Tezpur Lunatic Asylum reports 1877-1894 - 1877-1894
Year: 1877
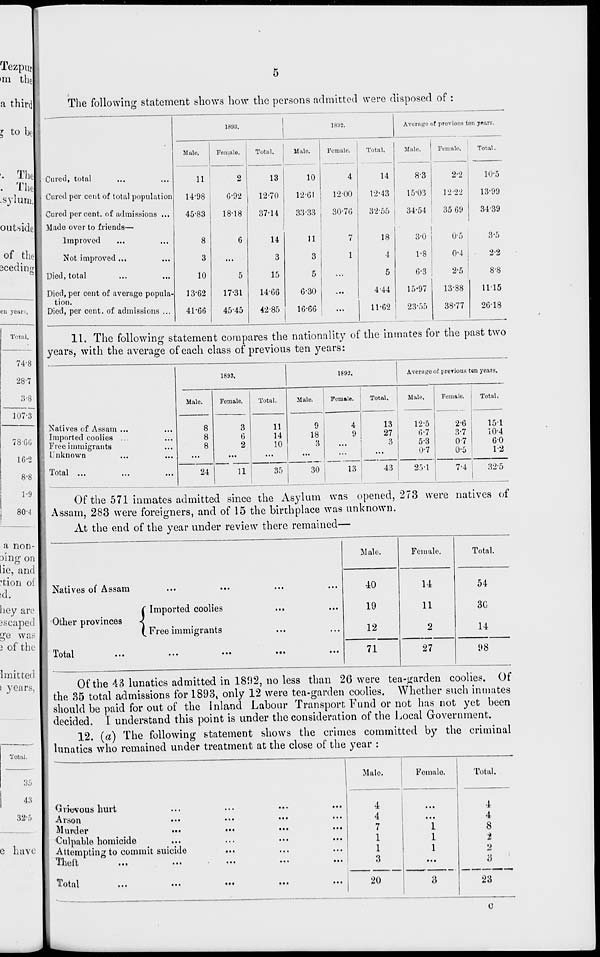
Tezpu r |
•m thj
a third
I to bj
•• The!
. TheL
outside
of the
Jcedirifr
en years
The following statement shows how the persons admitted were disposed of :
laici.
1892.
Average of previous 1 ,on years.
Male.
Female.
Total.
13
Male.
10
Female.
4
Total.
14
Male.
Female.
Total,
Cured, total
11
2
8-3
2-2
10-5
Cured per cent of total population
14-98
6-92
12-70
12-61
12-00
12-43
15-03
12-22
13-99
Cured percent, of admissions ...
45-83
18-18
37-14
33-33
30-76
3255
34-54
35 69
34-39
Made over to friends—
Improved
8
6
14
11
7
18
3-0
0-5
3-5
Not improved ...
3
...
3
3
1
4
1-8
0-4
2-2
Died,total
10
5
15
5
...
5
6-3
2-5
8-8
Died, per cent of average popula-
tion
13-62
17-31
14-66
6-30
...
4-44
15-97
13-88
1115
Died, per cent, of admissions ...
41-66
45-45
42-85
16-66
...
11-62
23-55
38-77
26-18
11. The following statement compares the nationality of the inmates for the past two
years, with the average of each class of previous ten years:
1893.
1892.
Average of previous ten years.
Male.
Female.
Total.
Male.
Female.
Total.
Male.
Female.
Total.
Natives of Assam ...
Imported coolies ...
Free immigrants
Unknown
CO CO CO
3
6
2
11
14
10
9
18
3
4
9
13
13
27
3
...
12-5
6-7
5-3
0-7
2-6
3-7
0-7
0-5
15-1
10-4
6-0
1-2
Total ...
24
11
or
35
30
43
25-1
7-4
32-5
a non-
)ing on
lie, and
'tion of
id.
hey are
jscaped
ge was
3 of the
Imitted
i years,
Of the 571 inmates admitted since the Asylum was opened, 273 were na
Assam, 283 were foreigners, and of 15 the birthplace was unknown.
At the end of the year under review there remained—
tives of
...
• ••
C Imported coolies
(^ Free immigrants
...
•••
...
...
Male.
Female.
Total.
Natives of Assam
Other provinces
40
19
12
14
11
2
54
3G
14
Total
71
27
98
Tota
35
43
32-5
e have
Of the 43 lunatics admitted in 1892, no less than 26 were tea-garden coolies. Of
the. 35 total admissions for 1893, only 12 were tea-garden coolies. Whether such inmates
should be paid for out of the Inland Labour Transport Fund or not has not yet been
decided, I understand this point is under the consideration of the Local Government.
12. (a) The following statement shows the crimes committed by the criminal
lunatics who remained under treatment at the close of the year :
...
...
...
...
• ••
...
• ••
...
• ••
...
Male.
Female.
Total.
Grievous hurt
Arson
Murder
Culpable homicide
Attempting to commit suicide
Theft
4
4
7
1
1
3
"i
l
I
...
4
4
8
i
2
3
Total
20
3
23